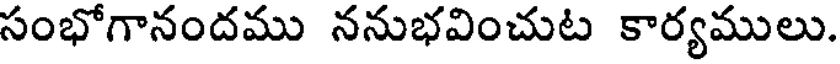
సంభోగానందము ననుభవించుట కార్యములు.